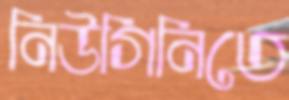
নিউগিনিতে